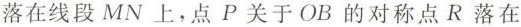
落在线段MN上，点P关于OB的对称点R落在